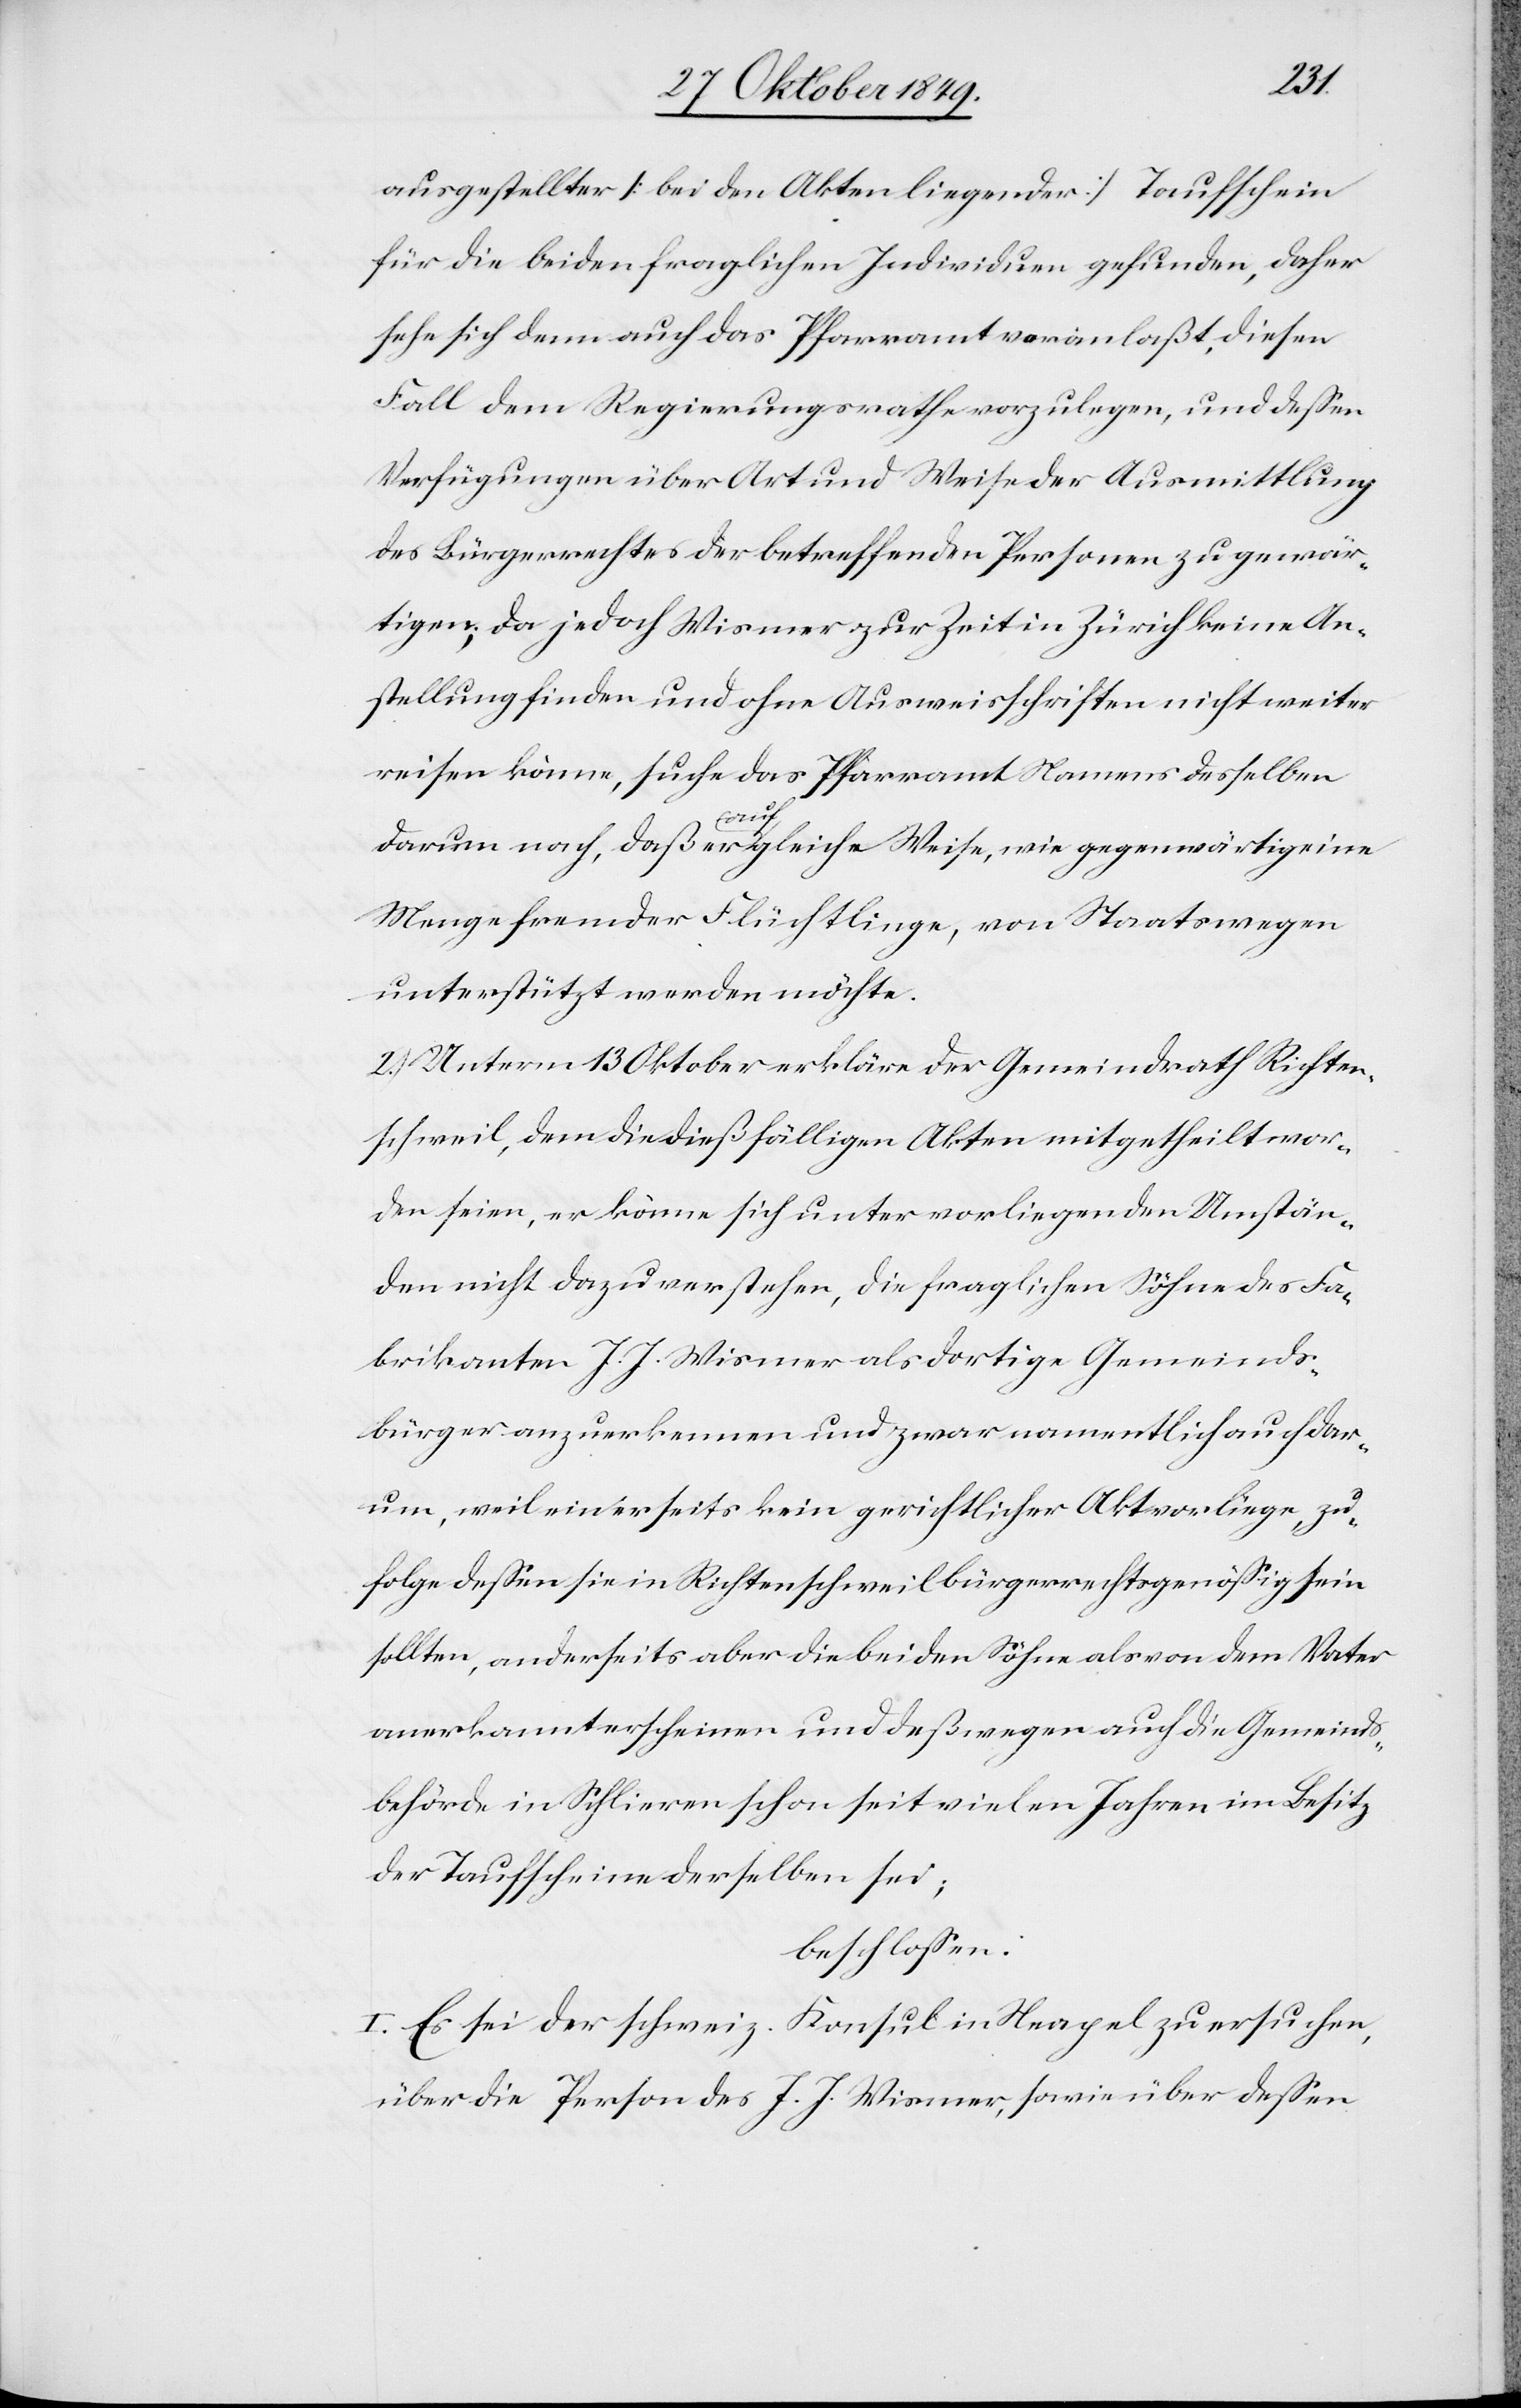
ausgestellter [bei den Akten liegender] Taufschein
für die beiden fraglichen Individuen gefunden, daher
sehe sich denn auch das Pfarramt veranlaßt, diesen
Fall dem Regierungsrathe vorzulegen, und deßen
Verfügungen über Art und Weise der Ausmittlung
des Bürgerrechtes der betreffenden Personen zu gewär¬
tigen; da jedoch Wismer zur Zeit in Zürich keine An¬
stellung finden und ohne Ausweisschriften nicht weiter
reisen könne, suche das Pfarramt Namens desselben
Besitz
darum nach, daß er auf gleiche Weise, wie gegenwärtig eine
Menge fremder Flüchtlinge, von Staatswegen
unterstützt werden möchte.
2.) Unterm 13 Oktober erkläre der Gemeindrath Richten¬
schweil, dem die dießfälligen Akten mitgetheilt wor¬
den seien, er könne sich unter vorliegenden Umstän¬
den nicht dazu verstehen, die fraglichen Söhne des Fa¬
brikanten J. J. Wismer als dortige Gemeinds¬
bürger anzuerkennen und zwar namentlich auch dar¬
um, weil einerseits kein gerichtlicher Akt vorliege, zu¬
folge deßen sie in Richtenschweil bürgerrechtsgenößig sein
sollten, anderseits aber die beiden Söhne als von dem Vater
anerkannt erscheinen und deßwegen auch die Gemeinds¬
der Taufscheine derselben sei;
beschloßen:
I. Es sei der schweiz. Konsul in Neapel zu ersuchen,
über die Person des J. J. Wismer, sowie über deßen